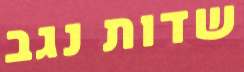
שדות נגב